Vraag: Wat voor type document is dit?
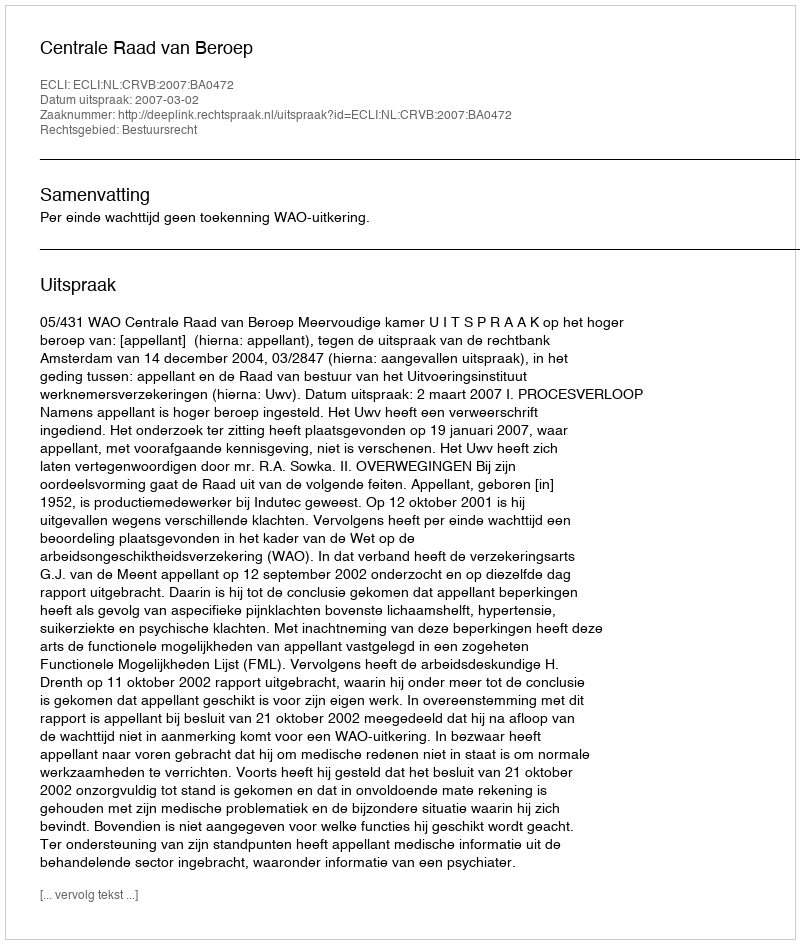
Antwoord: Uitspraak